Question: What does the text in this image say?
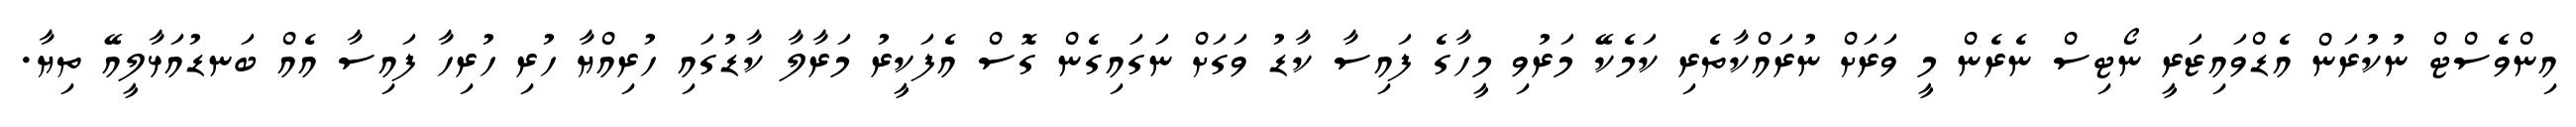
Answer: އިންވެސްޓް ނުކުރަން އެޑްވައިޒަރީ ނޯޓިސް ނެރެން މީ ވަރަށް ނުރައްކާތެރި ކަމެކޭ މަރުވި މީހާގެ ފައިސާ ކާޑު ވަގަށް ނަގައިގެން ގޮސް އެފަކީރު މަރާލާ ކާޑުގައި ހުރިއްޔާ ހުރި ހުރިހާ ފައިސާ އެއް ބަނޑުއަޅާލީއޭ ތިޔާ.